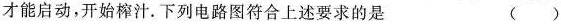
才能启动，开始榨汁。下列电路图符合上述要求的是 ()